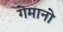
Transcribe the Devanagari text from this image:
गेमानो